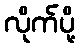
လိုက်ပို့